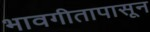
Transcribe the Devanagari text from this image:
भावगीतापासून